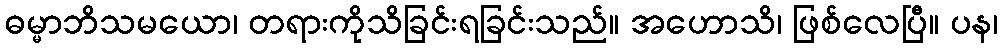
ဓမ္မာဘိသမယော၊ တရားကိုသိခြင်းရခြင်းသည်။ အဟောသိ၊ ဖြစ်လေပြီ။ ပန၊